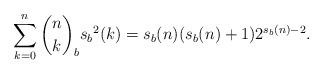
LaTeX: \begin{align*}\sum_{k=0}^{n}\binom{n}{k}_b {s_b}^2(k) =s_b(n)(s_b(n)+1)2^{s_b(n)-2}.\end{align*}